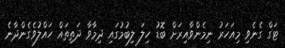
ޓަގް ގެެނެވި މިއަހަރު ނިމެންވާއިރަށް ބޮޑު ހިލަ ލިބުމުގައި ދިމާވާ ދަތިތައް ހައްލުވެގެންދާނެ